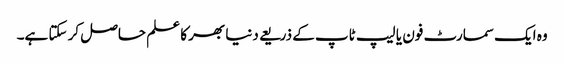
وہ ایک سمارٹ فون یا لیپ ٹاپ کے ذریعے دنیا بھر کا علم حاصل کر سکتا ہے۔